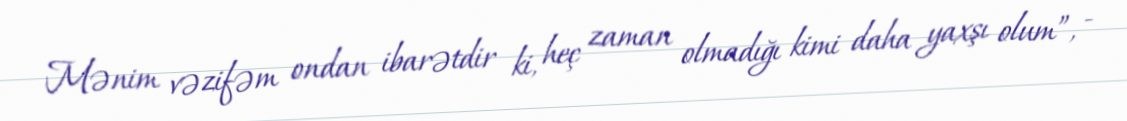
Mənim vəzifəm ondan ibarətdir ki, heç zaman olmadığı kimi daha yaxşı olum”, -